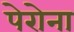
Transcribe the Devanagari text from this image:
पेरोना